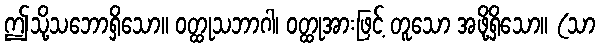
ဤသို့သဘောရှိသော။ ဝတ္ထုသဘာဂါ၊ ဝတ္ထုအားဖြင့် တူသော အဖို့ရှိသော။ (သာ